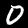
Digit: 0